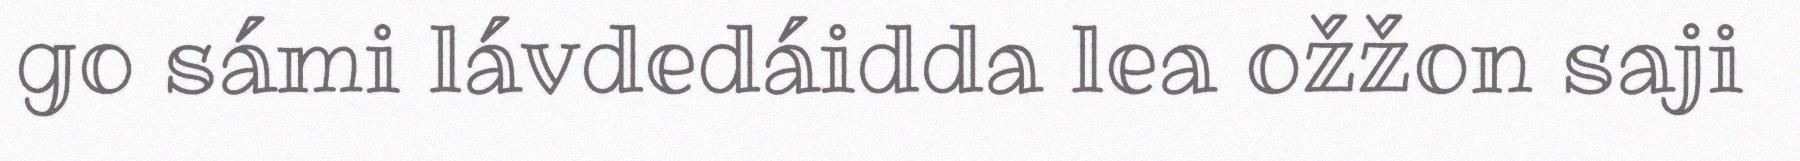
go sámi lávdedáidda lea ožžon saji